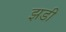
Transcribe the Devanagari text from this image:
झडी